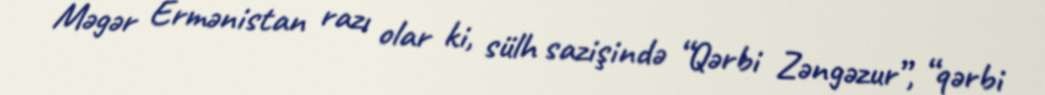
Məgər Ermənistan razı olar ki, sülh sazişində “Qərbi Zəngəzur”, “qərbi